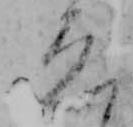
ゑ